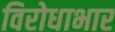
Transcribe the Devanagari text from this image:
विरोधाभार